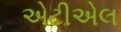
એટીએલ